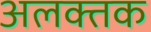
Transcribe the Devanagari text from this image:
अलक्तक